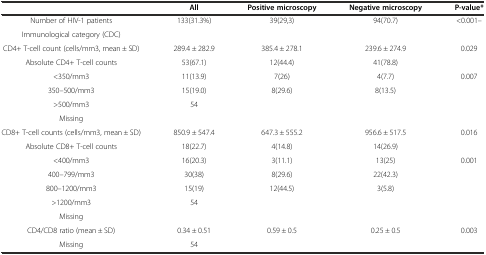
<table><thead><tr><td></td><td><b>All</b></td><td><b>Positive microscopy</b></td><td><b>Negative microscopy</b></td><td><b>P-value*</b></td></tr></thead><tbody><tr><td>Number of HIV-1 patients</td><td>133(31.3%)</td><td>39(29,3)</td><td>94(70.7)</td><td>&lt;0.001--</td></tr><tr><td>Immunological category (CDC)</td><td></td><td></td><td></td><td></td></tr><tr><td>CD4+ T-cell count (cells/mm3, mean ± SD)</td><td>289.4 ± 282.9</td><td>385.4 ± 278.1</td><td>239.6 ± 274.9</td><td>0.029</td></tr><tr><td>Absolute CD4+ T-cell counts</td><td>53(67.1)</td><td>12(44.4)</td><td>41(78.8)</td><td></td></tr><tr><td>&lt;350/mm3</td><td>11(13.9)</td><td>7(26)</td><td>4(7.7)</td><td>0.007</td></tr><tr><td>350–500/mm3</td><td>15(19.0)</td><td>8(29.6)</td><td>8(13.5)</td><td></td></tr><tr><td>&gt;500/mm3</td><td>54</td><td></td><td></td><td></td></tr><tr><td>Missing</td><td></td><td></td><td></td><td></td></tr><tr><td>CD8+ T-cell counts (cells/mm3, mean ± SD)</td><td>850.9 ± 547.4</td><td>647.3 ± 555.2</td><td>956.6 ± 517.5</td><td>0.016</td></tr><tr><td>Absolute CD8+ T-cell counts</td><td>18(22.7)</td><td>4(14.8)</td><td>14(26.9)</td><td></td></tr><tr><td>&lt;400/mm3</td><td>16(20.3)</td><td>3(11.1)</td><td>13(25)</td><td>0.001</td></tr><tr><td>400–799/mm3</td><td>30(38)</td><td>8(29.6)</td><td>22(42.3)</td><td></td></tr><tr><td>800–1200/mm3</td><td>15(19)</td><td>12(44.5)</td><td>3(5.8)</td><td></td></tr><tr><td>&gt;1200/mm3</td><td>54</td><td></td><td></td><td></td></tr><tr><td>Missing</td><td></td><td></td><td></td><td></td></tr><tr><td>CD4/CD8 ratio (mean ± SD)</td><td>0.34 ± 0.51</td><td>0.59 ± 0.5</td><td>0.25 ± 0.5</td><td>0.003</td></tr><tr><td>Missing</td><td>54</td><td></td><td></td><td></td></tr></tbody></table>